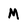
Character: M